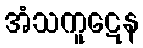
အံသကူဋေန